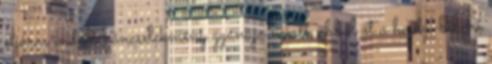
eljárás indult bűncselekmény gyanúja miatt, ebből öt a hajdú-bihari